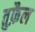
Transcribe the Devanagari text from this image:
तुफ़ैल